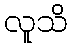
လူသိ